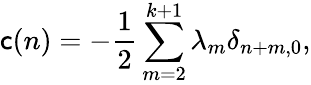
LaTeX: \mathsf{c}(n)=-{\frac{{1}}{{2}}}\sum_{m=2}^{k+1}\lambda_{m}\delta_{n+m,0},